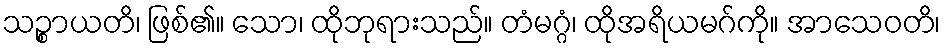
သဉ္စာယတိ၊ ဖြစ်၏။ သော၊ ထိုဘုရားသည်။ တံမဂ္ဂံ၊ ထိုအရိယမဂ်ကို။ အာသေဝတိ၊